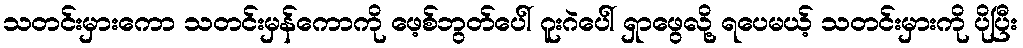
သတင်းမှားကော သတင်းမှန်ကောကို ဖေ့စ်ဘွတ်ပေါ် ဂူးဂဲပေါ် ရှာဖွေလို့ ရပေမယ့် သတင်းမှားကို ပိုပြီး